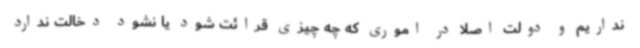
نداریم و دولت اصلا در اموری که چه چیزی قرائت شود یا نشود دخالت ندارد